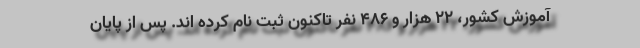
آموزش کشور، ۲۲ هزار و ۴۸۶ نفر تاکنون ثبت نام کرده اند. پس از پایان